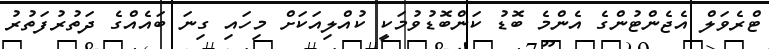
ޓްރެވަލް އެޖެންޓުންގެ އެންމެ ބޮޑު ކަންބޮޑުވުމަކީ ކުއްލިއަކަށް މިހައި ގިނަ ބައެއްގެ ދަތުރުފަތުރު